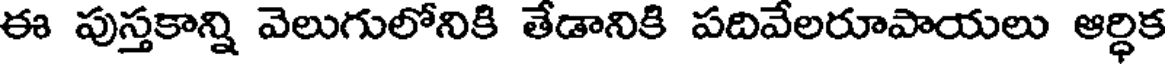
ఈ పుస్తకాన్ని వెలుగులోనికి తేడానికి పదివేలరూపాయలు ఆర్ధిక